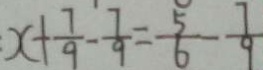
x + \frac { 7 } { 9 } - \frac { 7 } { 9 } = \frac { 5 } { 6 } - \frac { 7 } { 9 }